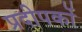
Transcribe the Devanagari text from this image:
प्रदीपकों